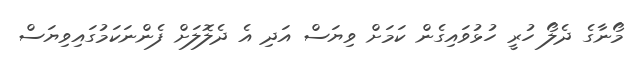
މޯނާގެ ދެލޯ ހުރީ ހުޅުވައިގެން ކަމަށް ވިޔަސް އަދި އެ ދެލޮލަށް ފެންނަކަމުގައިވިޔަސް